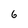
Character: 6